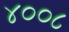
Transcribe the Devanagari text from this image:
४००८